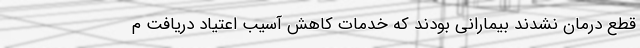
قطع درمان نشدند بیمارانی بودند که خدمات کاهش آسیب اعتیاد دریافت م